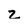
Character: Z